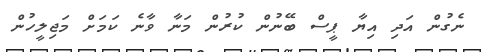
ނެގުން އަދި އިޔާ ޕީސް ބޭނުން ކުރުން މަނާ ވާނެ ކަމަށް މަޖިލީހުން